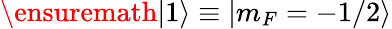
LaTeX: \ensuremath{|1\rangle}\equiv|m_{F}=-1/2\rangle